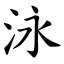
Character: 泳